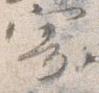
寄